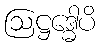
ဩဋ္ဌဒ္ဓေါပိ